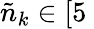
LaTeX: \tilde{n}_{k}\in[5\